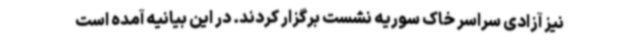
نیز آزادی سراسر خاک سوریه نشست برگزار کردند. در این بیانیه آمده است